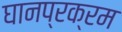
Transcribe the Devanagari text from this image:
घानप्रक्रम